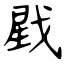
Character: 戥